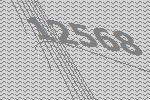
12568